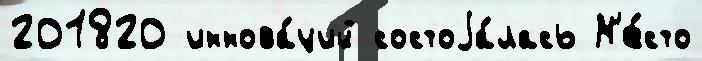
201820 иннова́ций состоjа́лась М'е́сто